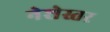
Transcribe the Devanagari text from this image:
नेशेस्तर